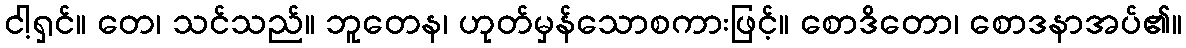
ငါ့ရှင်။ တေ၊ သင်သည်။ ဘူတေန၊ ဟုတ်မှန်သောစကားဖြင့်။ စောဒိတော၊ စောဒနာအပ်၏။